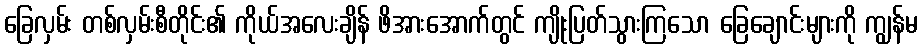
ခြေလှမ်း တစ်လှမ်းစီတိုင်း၏ ကိုယ်အလေးချိန် ဖိအားအောက်တွင် ကျိုးပြတ်သွားကြသော ခြေချောင်းများကို ကျွန်မ